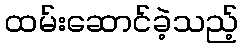
ထမ်းဆောင်ခဲ့သည့်